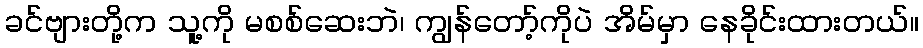
ခင်ဗျားတို့က သူ့ကို မစစ်ဆေးဘဲ၊ ကျွန်တော့်ကိုပဲ အိမ်မှာ နေခိုင်းထားတယ်။